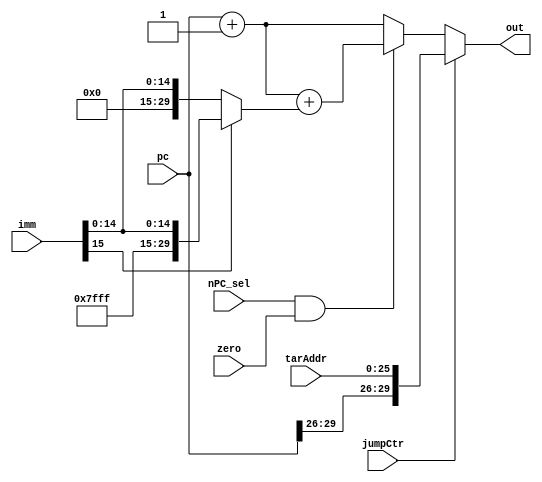
module npc(jumpCtr, nPC_sel, zero, imm, pc, out, tarAddr);
	input jumpCtr, nPC_sel, zero;
	input [29:0] pc;
	input [15:0] imm;
	input [25:0] tarAddr;

	output [29:0] out;

	wire [29:0] tojump, tobeq, tonext, immext;


	assign tonext = pc + 1;
	assign immext = ((imm[15] == 0) ? {14'b0, imm} : {14'b11111111111111, imm});
	assign tobeq = tonext + immext;
	assign tojump = {pc[29:26], tarAddr};
	assign out = (jumpCtr ? tojump : ((nPC_sel && zero) ? tobeq : tonext));

endmodule